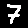
Digit: 7